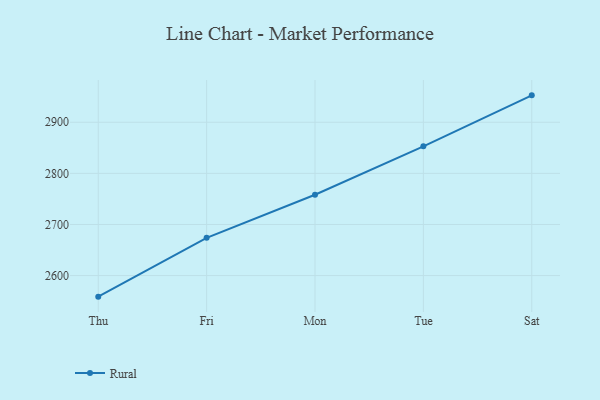
{"axis": {"x": "Day", "y": "Operating Costs (USD K)"}, "legend": ["Rural"], "data": [{"x": "Thu", "y": 2558.8, "type": "Rural"}, {"x": "Fri", "y": 2673.9, "type": "Rural"}, {"x": "Mon", "y": 2758.2, "type": "Rural"}, {"x": "Tue", "y": 2852.8, "type": "Rural"}, {"x": "Sat", "y": 2952.6, "type": "Rural"}]}